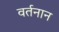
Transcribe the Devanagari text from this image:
वर्तनान